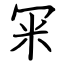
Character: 冞